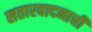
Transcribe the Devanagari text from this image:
सतारवादनाची